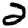
Digit: 2